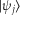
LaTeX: \textstyle | \psi _ { j } \rangle